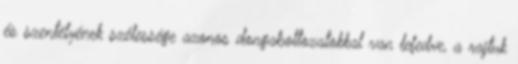
és szentélyének szélessége azonos dongaboltozatokkal van lefedve, a rajtuk